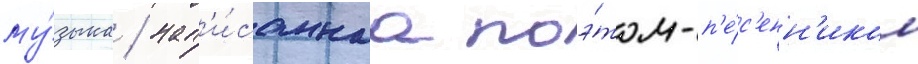
му́зыка / нап'и́саннаа поэ́том-п'е́с'енн'иком